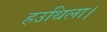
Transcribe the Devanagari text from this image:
हउथिला।